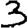
Digit: 3